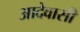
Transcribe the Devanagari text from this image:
आदेवासी